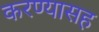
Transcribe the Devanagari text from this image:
करण्यासह